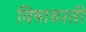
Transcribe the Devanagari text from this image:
विषावरती